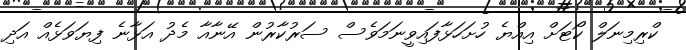
ކްރިމިނަލް ކޯޓަށް އިއްޔެ ހުށަހަޅާފައިވީނަމަވެސް ސަރުކާރުން އޭނާއާ މެދު އަޅާނެ ފިޔަވަޅެއް އަދި